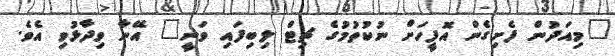
"މިއަދުން ފެށިގެން އޮފީހަށް ނުކުތުމުގެ ޗިޓް ލިބިފައި ވަނީ" އޭނާ ވިދާޅުވި އެވެ.